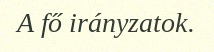
A fő irányzatok.